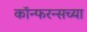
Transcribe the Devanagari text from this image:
कॉन्फरन्सच्या